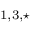
^ { 1 , 3 , \star }